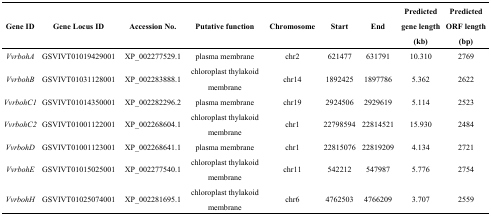
<table><thead><tr><td><b>Gene ID</b></td><td><b>Gene Locus ID</b></td><td><b>Accession No.</b></td><td><b>Putative function</b></td><td><b>Chromosome</b></td><td><b>Start</b></td><td><b>End</b></td><td><b>Predicted gene length (kb)</b></td><td><b>Predicted ORF length (bp)</b></td></tr></thead><tbody><tr><td><i>VvrbohA</i></td><td>GSVIVT01019429001</td><td>XP_002277529.1</td><td>plasma membrane</td><td>chr2</td><td>621477</td><td>631791</td><td>10.310</td><td>2769</td></tr><tr><td><i>VvrbohB</i></td><td>GSVIVT01031128001</td><td>XP_002283888.1</td><td>chloroplast thylakoid membrane</td><td>chr14</td><td>1892425</td><td>1897786</td><td>5.362</td><td>2622</td></tr><tr><td><i>VvrbohC1</i></td><td>GSVIVT01014350001</td><td>XP_002282296.2</td><td>plasma membrane</td><td>chr19</td><td>2924506</td><td>2929619</td><td>5.114</td><td>2523</td></tr><tr><td><i>VvrbohC2</i></td><td>GSVIVT01001122001</td><td>XP_002268604.1</td><td>chloroplast thylakoid membrane</td><td>chr1</td><td>22798594</td><td>22814521</td><td>15.930</td><td>2484</td></tr><tr><td><i>VvrbohD</i></td><td>GSVIVT01001123001</td><td>XP_002268641.1</td><td>plasma membrane</td><td>chr1</td><td>22815076</td><td>22819209</td><td>4.134</td><td>2721</td></tr><tr><td><i>VvrbohE</i></td><td>GSVIVT01015025001</td><td>XP_002277540.1</td><td>chloroplast thylakoid membrane</td><td>chr11</td><td>542212</td><td>547987</td><td>5.776</td><td>2754</td></tr><tr><td><i>VvrbohH</i></td><td>GSVIVT01025074001</td><td>XP_002281695.1</td><td>chloroplast thylakoid membrane</td><td>chr6</td><td>4762503</td><td>4766209</td><td>3.707</td><td>2559</td></tr></tbody></table>